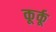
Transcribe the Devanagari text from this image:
कूर्कू